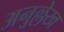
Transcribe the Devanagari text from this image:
अनुल्लेख